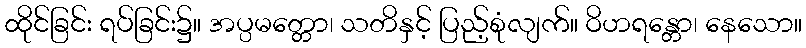
ထိုင်ခြင်း ရပ်ခြင်း၌။ အပ္ပမတ္တော၊ သတိနှင့် ပြည့်စုံလျက်။ ဝိဟရန္တော၊ နေသော။